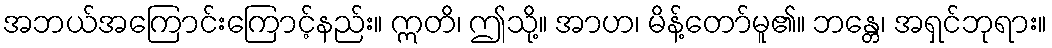
အဘယ်အကြောင်းကြောင့်နည်း။ ဣတိ၊ ဤသို့။ အာဟ၊ မိန့်တော်မူ၏။ ဘန္တေ၊ အရှင်ဘုရား။